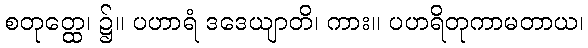
စတုတ္ထေ၊ ၌။ ပဟာရံ ဒဒေယျာတိ၊ ကား။ ပဟရိတုကာမတာယ၊